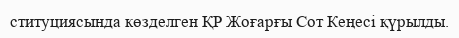
ституциясында көзделген ҚР Жоғарғы Сот Кеңесі қүрылды.